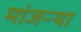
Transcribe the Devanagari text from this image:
मांजऱ्या